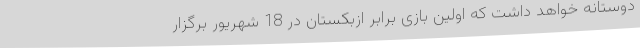
دوستانه خواهد داشت که اولین بازی برابر ازبکستان در 18 شهریور برگزار